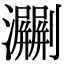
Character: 㶜